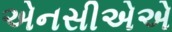
એનસીએએ